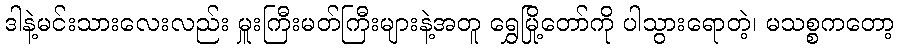
ဒါနဲ့မင်းသားလေးလည်း မှူးကြီးမတ်ကြီးများနဲ့အတူ ရွှေမြို့တော်ကို ပါသွားရောတဲ့၊ မသစ္စကတော့